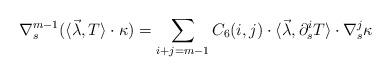
LaTeX: \begin{align*}&\nabla_s^{m-1}(\langle \vec\lambda, T\rangle\cdot\kappa)=\sum_{i+j=m-1}C_{6}(i, j)\cdot\langle \vec\lambda, \partial_s^{i}T \rangle\cdot\nabla_s^{j}\kappa \end{align*}